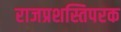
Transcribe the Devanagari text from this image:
राजप्रशस्तिपरक